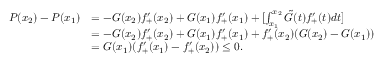
\begin{array} { r l } { P ( x _ { 2 } ) - P ( x _ { 1 } ) } & { = - G ( x _ { 2 } ) f _ { + } ^ { \prime } ( x _ { 2 } ) + G ( x _ { 1 } ) f _ { + } ^ { \prime } ( x _ { 1 } ) + [ \int _ { x _ { 1 } } ^ { x _ { 2 } } \tilde { G } ( t ) f _ { + } ^ { \prime } ( t ) d t ] } \\ & { = - G ( x _ { 2 } ) f _ { + } ^ { \prime } ( x _ { 2 } ) + G ( x _ { 1 } ) f _ { + } ^ { \prime } ( x _ { 1 } ) + f _ { + } ^ { \prime } ( x _ { 2 } ) ( G ( x _ { 2 } ) - G ( x _ { 1 } ) ) } \\ & { = G ( x _ { 1 } ) ( f _ { + } ^ { \prime } ( x _ { 1 } ) - f _ { + } ^ { \prime } ( x _ { 2 } ) ) \leq 0 . } \end{array}